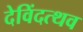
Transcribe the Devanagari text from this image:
देविंदत्थव